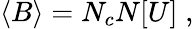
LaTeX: \langle B\rangle=N_{c}N[U]\; ,